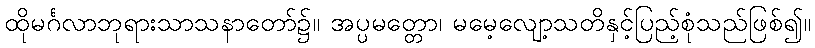
ထိုမင်္ဂလာဘုရားသာသနာတော်၌။ အပ္ပမတ္တော၊ မမေ့လျော့သတိနှင့်ပြည့်စုံသည်ဖြစ်၍။